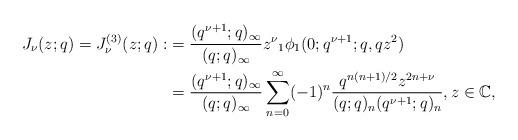
LaTeX: \begin{align*}J_\nu(z;q)=J_\nu^{(3)}(z;q):&=\frac{(q^{\nu+1};q)_\infty}{(q;q)_\infty}z^{\nu} {_1\phi_1}(0;q^{\nu+1};q,qz^2)\\ &=\frac{(q^{\nu+1};q)_\infty}{(q;q)_\infty}\sum_{n=0}^\infty (-1)^n\frac{q^{n(n+1)/2}z^{2n+\nu}}{(q;q)_n(q^{\nu+1};q)_n}, z\in\mathbb{C},\end{align*}